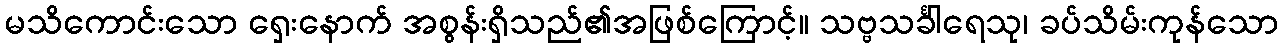
မသိကောင်းသော ရှေးနောက် အစွန်းရှိသည်၏အဖြစ်ကြောင့်။ သဗ္ဗသင်္ခါရေသု၊ ခပ်သိမ်းကုန်သော